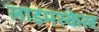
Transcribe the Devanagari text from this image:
लाइमस्केल